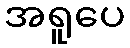
အရူပေ